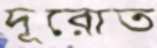
দূরোত